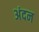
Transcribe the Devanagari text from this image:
अंदन